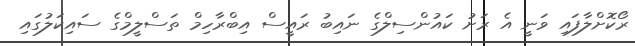
ރޯކޮށްލާފައި ވަނީ އެ ރަށު ކައުންސިލްގެ ނައިބު ރައީސް އިބްރާހިމް ތަސްލީމްގެ ސައިކަލުގައި